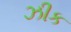
ઝીક